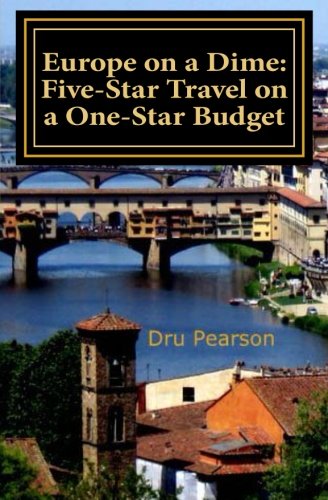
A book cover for Europe on a Dime: Five-Star Travel on a One-Star Budget: The Tightwad Way to Go; Dru Pearson; Travel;